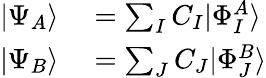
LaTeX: \begin{array}{rl}{|\Psi_{A}\rangle}&{{}=\sum_{I}C_{I}|\Phi_{I}^{A}\rangle}\\ {|\Psi_{B}\rangle}&{{}=\sum_{J}C_{J}|\Phi_{J}^{B}\rangle}\end{array}